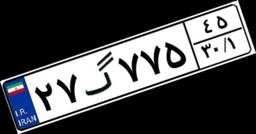
۲۷گ۷۷۵۴۵